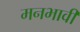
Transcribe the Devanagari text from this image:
मनभावी